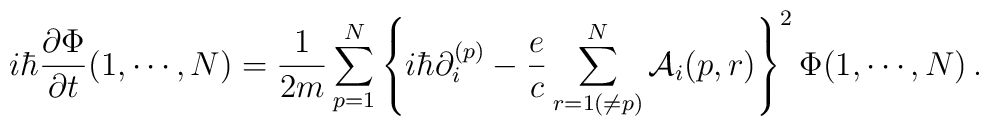
i\hbar {\partial\Phi \over \partial t} (1, \cdots, N)= {1 \over 2m} \sum^N_{p=1}\left\{i\hbar \partial_i^{(p)} - {e  \over c}\sum^N_{r=1(\ne p)} {\cal A}_i (p,r) \right\}^2\Phi(1, \cdots, N)\,.